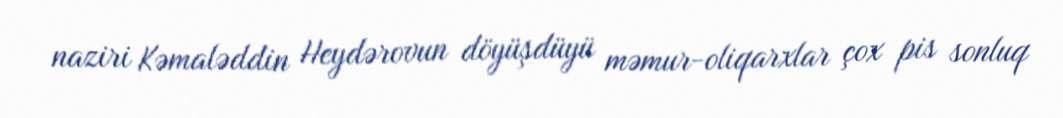
naziri Kəmaləddin Heydərovun döyüşdüyü məmur-oliqarxlar çox pis sonluq